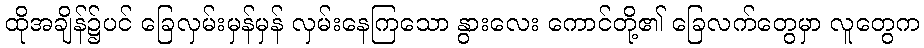
ထိုအချိန်၌ပင် ခြေလှမ်းမှန်မှန် လှမ်းနေကြသော နွားလေး ကောင်တို့၏ ခြေလက်တွေမှာ လူတွေက